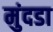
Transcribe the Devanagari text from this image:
मुंदडा